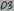
Text: D3